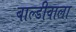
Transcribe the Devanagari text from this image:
बाल्डीवाला